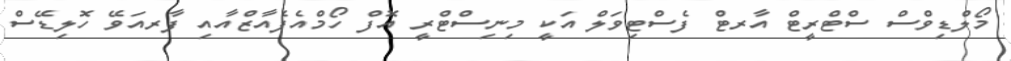
މޯލްޑިވްސް ސްޓްރީޓް އާރޓް ފެސްޓިވަލް އަކީ މިނިސްޓްރީ އޮފް ހޯމްއެފެއާޒްއާއި ފާރއަވޭ ހޮލިޑޭސް